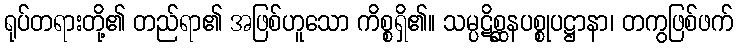
ရုပ်တရားတို့၏ တည်ရာ၏ အဖြစ်ဟူသော ကိစ္စရှိ၏။ သမ္ပဋိစ္ဆနပစ္စုပဋ္ဌာနာ၊ တကွဖြစ်ဖက်